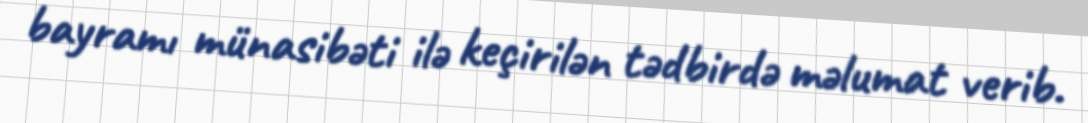
bayramı münasibəti ilə keçirilən tədbirdə məlumat verib.